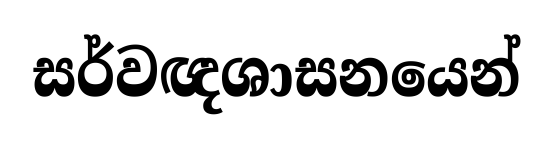
සර්වඥශාසනයෙන්